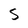
Character: S